Indian journal of veterinary science and animal husbandry - Volumes 24-25, 1954-1955
Year: 1954
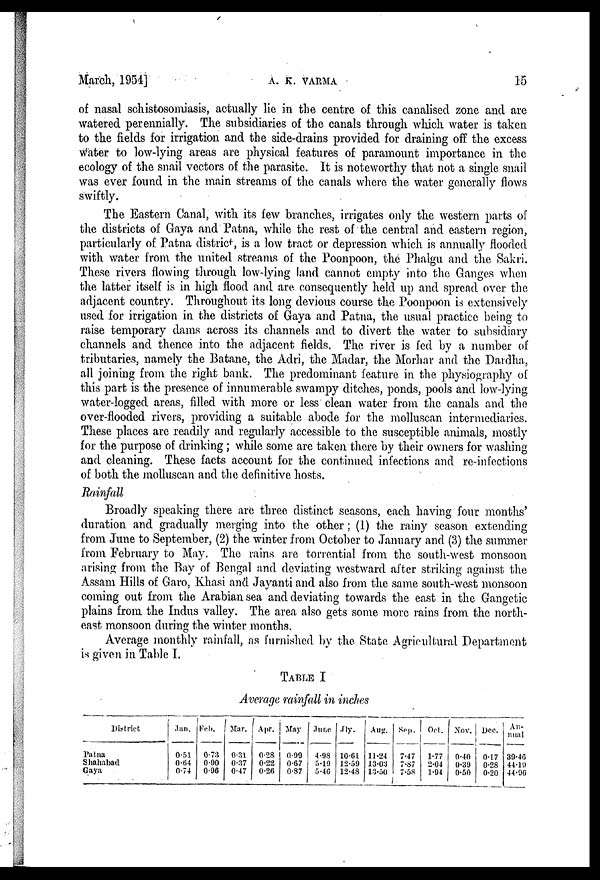
March, 1954]
A.
K.
VARMA
15
of nasal schistosomiasis, actually lie in the centre of this canalised zone and are
watered perennially. The subsidiaries of the canals through which water is taken
to the fields for irrigation and the side-drains provided for draining off the excess
water to low-lying areas are physical features of paramount importance in the
ecology of the snail vectors of the parasite. It is noteworthy that not a single snail
was ever found in the main streams of the canals where the water generally flows
swiftly.
The Eastern Canal, with its few branches, irrigates only the western parts of
the districts of Gaya and Patna, while the rest of the central and eastern region,
particularly of Patna district, is a low tract or depression which is annually flooded
with water from the united streams of the Poonpoon, the Phalgu and the Sakri.
These rivers flowing through low-lying land cannot empty into the Ganges when
the latter itself is in high flood and are consequently held up and spread over the
adjacent country. Throughout its long devious course the Poonpoon is extensively
used for irrigation in the districts of Gaya and Patna, the usual practice being to
raise temporary dams across its channels and to divert the water to subsidiary
channels and thence into the adjacent fields. The river is fed by a number of
tributaries, namely the Batane, the Adri, the Madar, the Morhar and the Dardha,
all joining from the right bank. The predominant feature in the physiography of
this part is the presence of innumerable swampy ditches, ponds, pools and low-lying,
water-logged areas, filled with more or less clean water from the canals and the
over-flooded rivers, providing a suitable abode for the molluscan intermediaries.
These places are readily and regularly accessible to the susceptible animals, mostly
for the purpose of drinking; while some are taken there by their owners for washing
and cleaning. These facts account for the continued infections and re-infections
of both the molluscan and the definitive hosts.
Rainfall
Broadly speaking there are three distinct seasons, each having four months'
duration and gradually merging into the other; (1) the rainy season extending
from June to September, (2) the winter from October to January and (3) the summer
from February to May. The rains are torrential from the south-west monsoon
arising from the Bay of Bengal and deviating westward after striking against the
Assam Hills of Garo, Khasi and Jayanti and also from the same south-west monsoon
coming out from the Arabian sea and deviating towards the east in the Gangetic
plains from the Indus valley. The area also gets some more rains from the north-
east monsoon during the winter months.
Average monthly rainfall, as furnished by the State Agricultural Department
is given in Table I.
TABLE I
Average rainfall in inches
District
Patna
Shahabad
Gaya
Jan.
0.51
0.64
0.74
Feb.
0.73
0.90
0.96
Mar.
0.31
0.37
0.47
Apr.
0.28
0.22
0.26
May.
0.99
0.67
0.87
June.
4.98
5.19
5.46
Jly.
10.61
12.59
12.48
Aug.
11.24
13.03
13.50
Sep.
7.47
7.87
7.58
Oct.
1.77
2.04
1.94
Nov.
0.40
0.39
0.50
Dec.
0.17
0.28
0.20
An-
nual
39.40
44.19
44.96